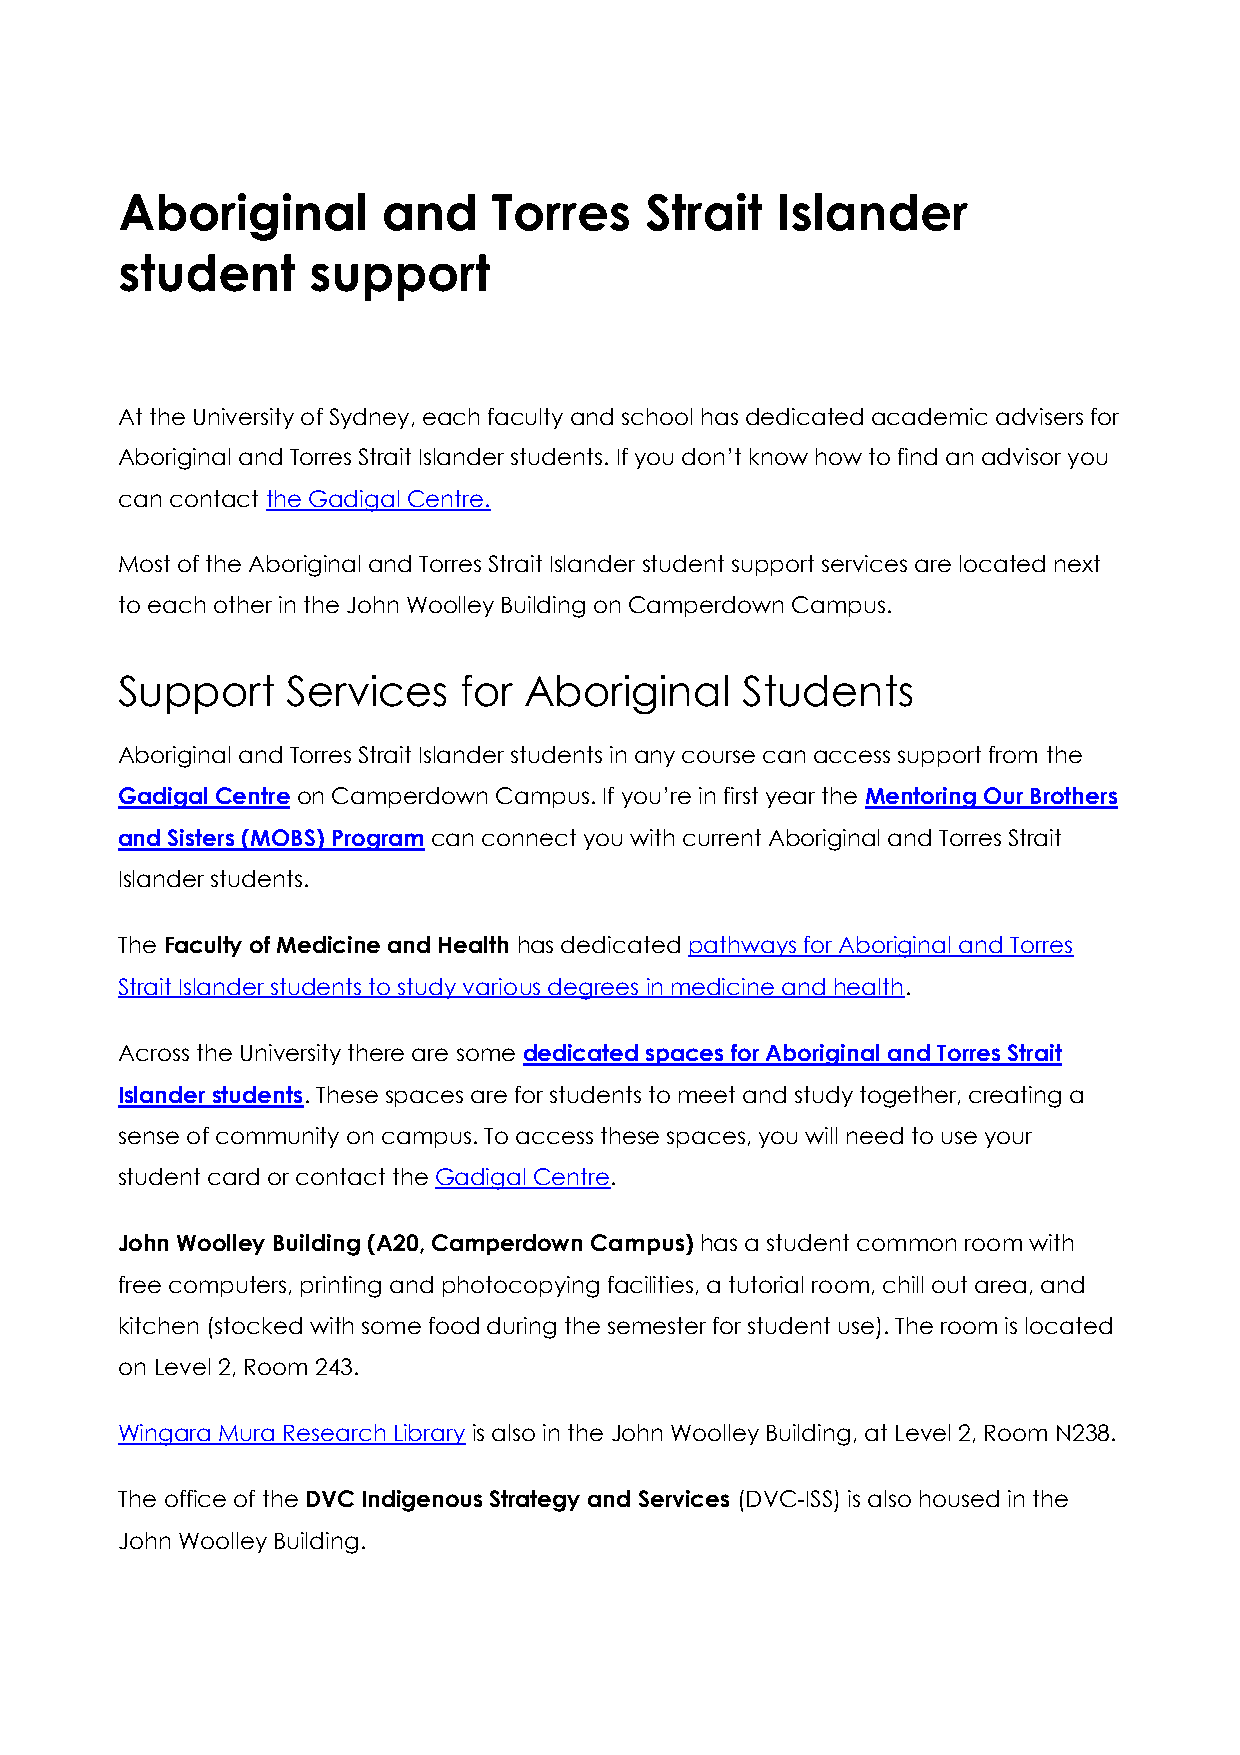
Aboriginal       and     Torres    Strait  Islander
 student     support
 At the University of Sydney, each faculty and school has dedicated academic advisers for
 Aboriginal and Torres Strait Islander students. If you don’t know how to find an advisor you
 can contact the Gadigal Centre.
 Most of the Aboriginal and Torres Strait Islander student support services are located next
 to each other in the John Woolley Building on Camperdown Campus.
 Support    Services   for  Aboriginal    Students
 Aboriginal and Torres Strait Islander students in any course can access support from the
 Gadigal Centre on Camperdown Campus. If you’re in first year the Mentoring Our Brothers
 and Sisters (MOBS) Program can connect you with current Aboriginal and Torres Strait
 Islander students.
 The Faculty of Medicine and Health has dedicated pathways for Aboriginal and Torres
 Strait Islander students to study various degrees in medicine and health.
 Across the University there are some dedicated spaces for Aboriginal and Torres Strait
 Islander students. These spaces are for students to meet and study together, creating a
 sense of community on campus. To access these spaces, you will need to use your
 student card or contact the Gadigal Centre.
 John Woolley Building (A20, Camperdown Campus) has a student common room with
 free computers, printing and photocopying facilities, a tutorial room, chill out area, and
 kitchen (stocked with some food during the semester for student use). The room is located
 on Level 2, Room 243.
 Wingara Mura Research Library is also in the John Woolley Building, at Level 2, Room N238.
 The office of the DVC Indigenous Strategy and Services (DVC-ISS) is also housed in the
 John Woolley Building.